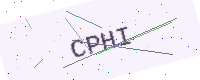
Text: CPHI